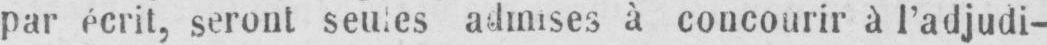
à concourir à l’adjudi-